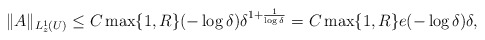
\begin{align*} \|A\|_{L^1_z(U)} \le C\max\{1,R\}(- \log \delta) \delta^{1 + \frac{1}{\log \delta}} = C\max\{1,R\} e (- \log \delta) \delta, \end{align*}